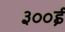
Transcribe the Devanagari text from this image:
३००ई